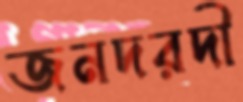
জনদরদী